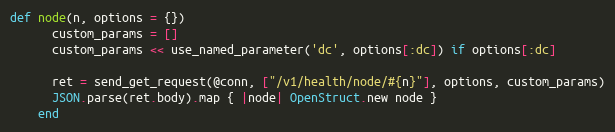
Language: Ruby
def node(n, options = {})
      custom_params = []
      custom_params << use_named_parameter('dc', options[:dc]) if options[:dc]

      ret = send_get_request(@conn, ["/v1/health/node/#{n}"], options, custom_params)
      JSON.parse(ret.body).map { |node| OpenStruct.new node }
    end